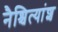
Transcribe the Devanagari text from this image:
नैश्चित्यांश